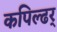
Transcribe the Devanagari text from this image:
कपिल्ढर्